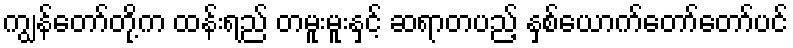
ကျွန်တော်တို့က ထန်းရည် တမူးမူးနှင့် ဆရာတပည့် နှစ်ယောက်တော်တော်ပင်